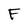
Character: F